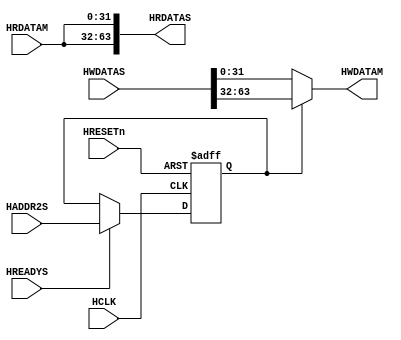
//-----------------------------------------------------------------------------
// The confidential and proprietary information contained in this file may
// only be used by a person authorised under and to the extent permitted
// by a subsisting licensing agreement from ARM Limited.
//
//            (C) COPYRIGHT 2010-2013 ARM Limited.
//                ALL RIGHTS RESERVED
//
// This entire notice must be reproduced on all copies of this file
// and copies of this file may only be made by a person if such person is
// permitted to do so under the terms of a subsisting license agreement
// from ARM Limited.
//
//      SVN Information
//
//      Checked In          : $Date: 2012-07-30 18:07:21 +0100 (Mon, 30 Jul 2012) $
//
//      Revision            : $Revision: 216980 $
//
//      Release Information : Cortex-M System Design Kit-r1p0-00rel0
//
//-----------------------------------------------------------------------------
//-----------------------------------------------------------------------------
// Abstract : Convert 64-bit bus from ahb_fileread_core to 32-bit
//-----------------------------------------------------------------------------
//  ----------------------------------------------------------------------------
//  Purpose             : A data bus multiplexor, used to connect a 32 bit slave
//                        to a 64 bit bus.
//                        Supports transfers up to 32 bit in size.
//  --========================================================================--

`timescale 1ns/1ps

module cmsdk_ahb_fileread_funnel (
 // Clock and Reset
 input  wire        HCLK,
 input  wire        HRESETn,
 // Interface to AHB
 input  wire        HADDR2S,
 input  wire [63:0] HWDATAS,
 input  wire        HREADYS,
 output wire [63:0] HRDATAS,
 // Interface to slave
 output reg  [31:0] HWDATAM,
 input  wire [31:0] HRDATAM);

// -----------------------------------------------------------------------------
// Signal Declarations
// -----------------------------------------------------------------------------

reg        haddr2s_reg;       // Delayed version of address bit2

// =============================================================================
// Beginning of main verilog code
// =============================================================================

//------------------------------------------------------------------------------
// Generate Delayed version of HADDR2S
//------------------------------------------------------------------------------
always@(posedge HCLK or negedge HRESETn)
  begin : p_haddr2s_reg
    if (HRESETn == 1'b0)
      haddr2s_reg <= 1'b0;
    else
      begin
        if (HREADYS == 1'b1)
        haddr2s_reg <= HADDR2S;
      end
  end // block: p_haddr2s_reg

// -----------------------------------------------------------------------------
// Write Data MUX
// -----------------------------------------------------------------------------
// Note: To support Big-Endian systems the polarity of the HWDATAM MUX should be
// reversed.

always@(haddr2s_reg or HWDATAS)
  begin : p_write_mux
    if (haddr2s_reg == 1'b0)
      HWDATAM = HWDATAS[31:0];
    else
      HWDATAM = HWDATAS[63:32];
  end // block: p_write_mux

// -----------------------------------------------------------------------------
// Read Data bus
// -----------------------------------------------------------------------------
  assign HRDATAS = {HRDATAM,HRDATAM};


endmodule
// --================================= End ===================================--